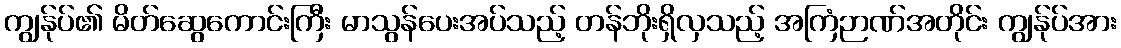
ကျွန်ုပ်၏ မိတ်ဆွေကောင်းကြီး မာသွန်ပေးအပ်သည့် တန်ဘိုးရှိလှသည့် အကြံဉာဏ်အတိုင်း ကျွန်ုပ်အား